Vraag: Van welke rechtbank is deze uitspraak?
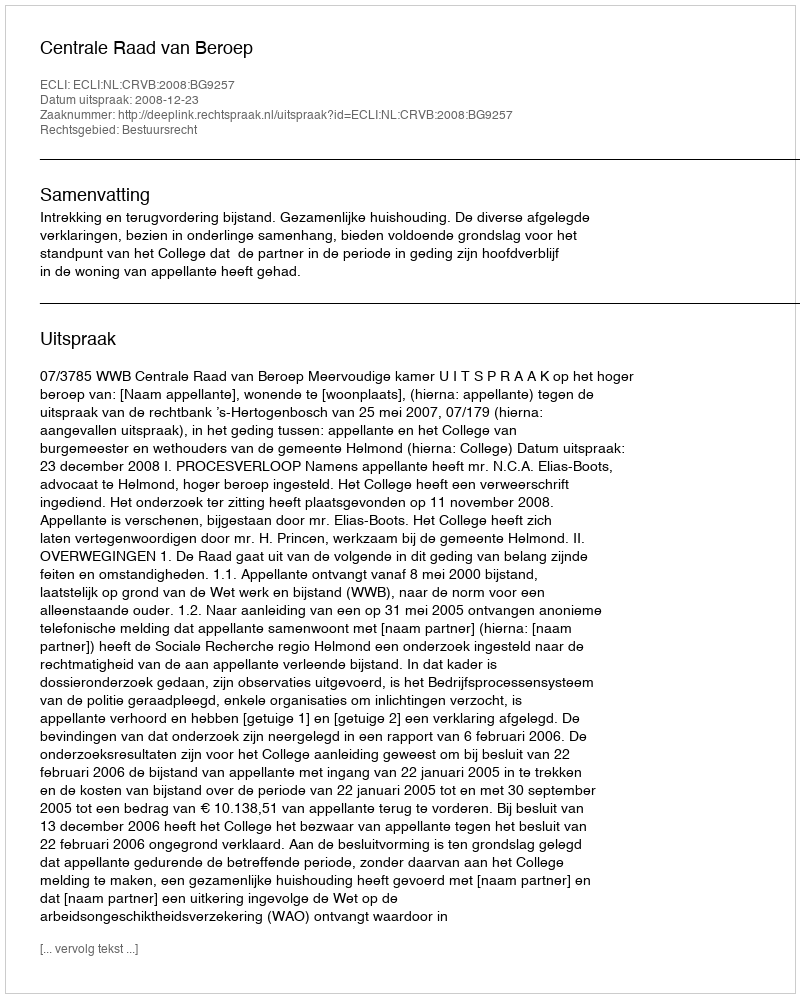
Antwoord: Centrale Raad van Beroep